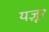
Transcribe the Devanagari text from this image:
यज़ूर